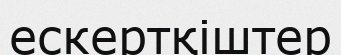
ескертқіштер